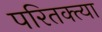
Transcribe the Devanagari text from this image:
परितक्त्या